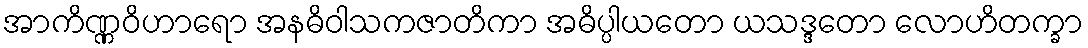
အာကိဏ္ဏဝိဟာရော အနဓိဝါသကဇာတိကာ အဓိပ္ပါယတော ယသဒ္ဒတော လောဟိတက္ခာ